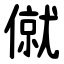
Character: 僦